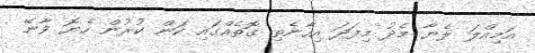
އަމިއްލަ ލެޔާ މެދު މިފަދަ އިހާނެތި ގޮތެއްގައި ކަން ކުރުން ހެޔޮ ވާނޭ